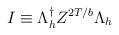
\begin{align*}I \equiv \Lambda_h^\dagger Z^{2T/b}\Lambda_h\end{align*}